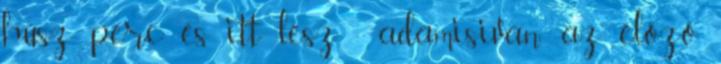
húsz perc és itt lesz : adamisivan: az előző